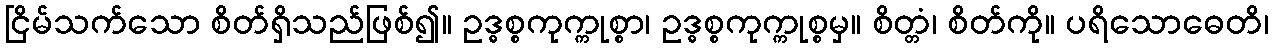
ငြိမ်သက်သော စိတ်ရှိသည်ဖြစ်၍။ ဥဒ္ဓစ္စကုက္ကုစ္စာ၊ ဥဒ္ဓစ္စကုက္ကုစ္စမှ။ စိတ္တံ၊ စိတ်ကို။ ပရိသောဓေတိ၊